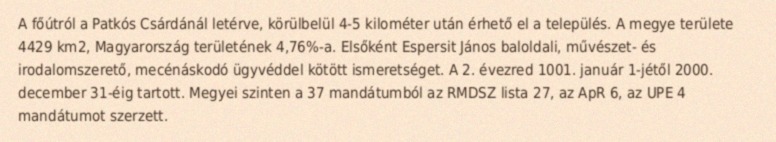
A főútról a Patkós Csárdánál letérve, körülbelül 4-5 kilométer után érhető el a település. A megye területe 4429 km2, Magyarország területének 4,76%-a. Elsőként Espersit János baloldali, művészet- és irodalomszerető, mecénáskodó ügyvéddel kötött ismeretséget. A 2. évezred 1001. január 1-jétől 2000. december 31-éig tartott. Megyei szinten a 37 mandátumból az RMDSZ lista 27, az ApR 6, az UPE 4 mandátumot szerzett.